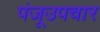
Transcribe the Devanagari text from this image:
पंजूउपचार